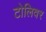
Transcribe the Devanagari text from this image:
टोलिवर